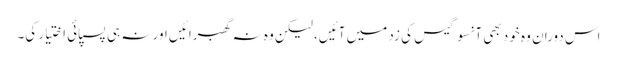
اس دوران وہ خود بھی آنسو گیس کی زد میں آئیں، لیکن وہ نہ گھبرائیں اور نہ ہی پسپائی اختیار کی۔